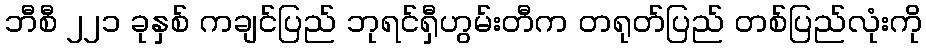
ဘီစီ ၂၂၁ ခုနှစ် ကချင်ပြည် ဘုရင်ရှီဟွမ်းတီက တရုတ်ပြည် တစ်ပြည်လုံးကို